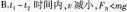
B.t_{1}-t_{2}时间内，v减小，$$F_{N} < m g$$